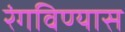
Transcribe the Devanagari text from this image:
रंगविण्यास